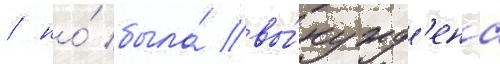
/ но́ была́ вы́нужд'ена